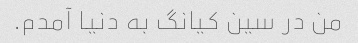
من در سین کیانگ به دنیا آمدم.